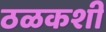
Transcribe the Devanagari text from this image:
ठळकशी